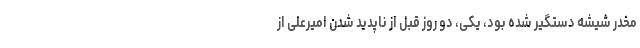
مخدر شیشه دستگیر شده بود، یکی، دو روز قبل از ناپدید شدن امیرعلی از